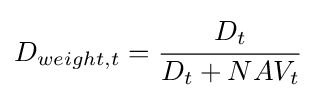
D_{weight,t}={\cfrac {D_{t}}{D_{t}+NAV_{t}}}